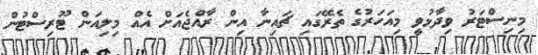
މިނިސްޓަރު ވިދާޅުވީ މިއަހަރުގެ ތެރޭގައި ޗައިނާ އިން ރާއްޖެއަށް އެއް މިލިއަން ޓޫރިސްޓުން